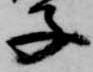
子